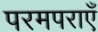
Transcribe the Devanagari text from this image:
परमपराएँ